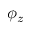
\phi _ { z }